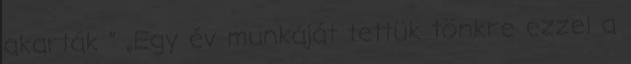
akarták ” „Egy év munkáját tettük tönkre ezzel a